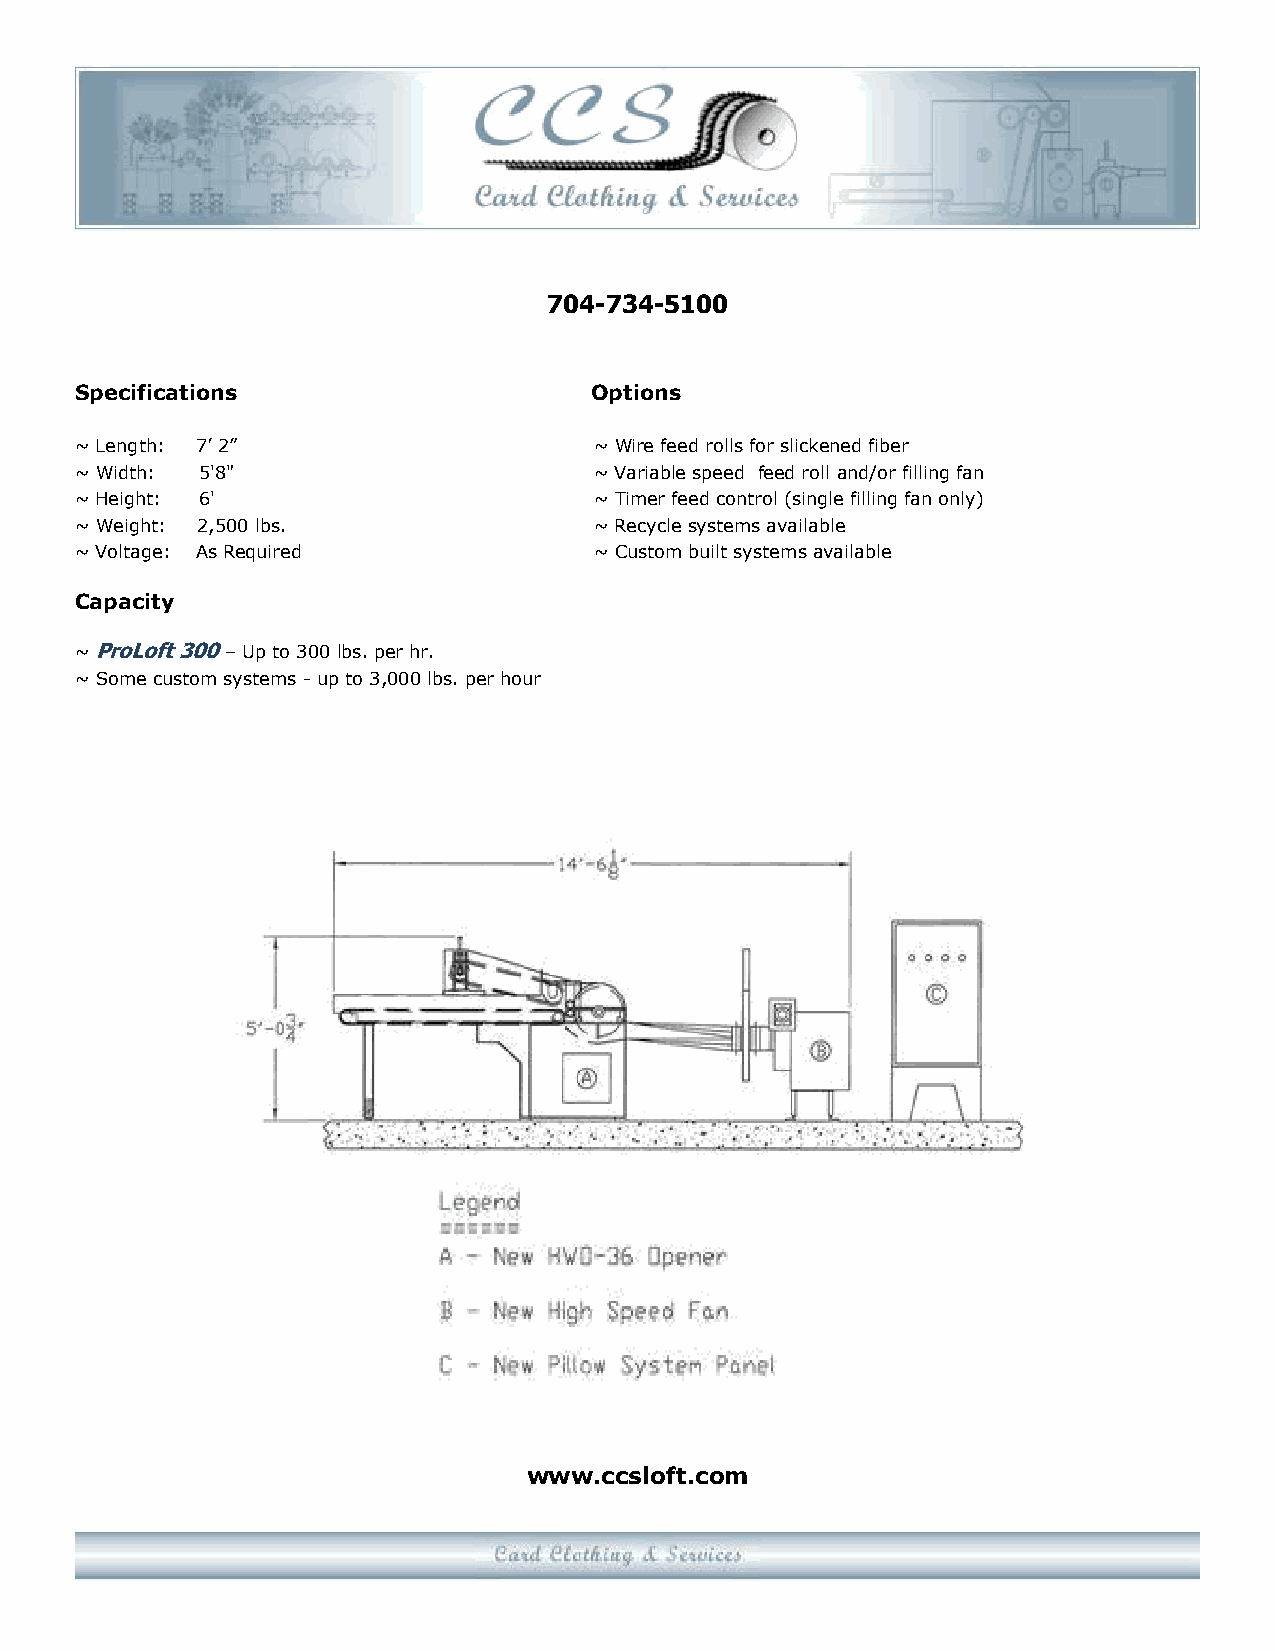
704-734-5100
 Specifications                    Options
 ~ Length: 7’ 2”                   ~ Wire feed rolls for slickened fiber
 ~ Width: 5'8"                     ~ Variable speed feed roll and/or filling fan
 ~ Height: 6'                      ~ Timer feed control (single filling fan only)
 ~ Weight: 2,500 lbs.              ~ Recycle systems available
 ~ Voltage: As Required            ~ Custom built systems available
 Capacity
 ~ ProLoft 300 – Up to 300 lbs. per hr.
 ~ Some custom systems - up to 3,000 lbs. per hour
 www.ccsloft.com